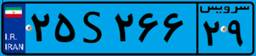
۲۵S۲۶۶۲۹